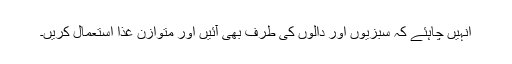
انہیں چاہئے کہ سبزیوں اور دالوں کی طرف بھی آئیں اور متوازن غذا استعمال کریں۔